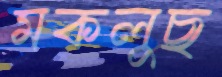
মকলুছ